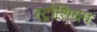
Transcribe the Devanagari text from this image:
स्ट्रोंशियम